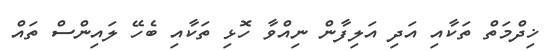
ޚިދްމަތް ތަކާއި އަދި އަލިފާން ނިއްވާ ހޮޅި ތަކާއި ބެހޭ ލައިންސް ތައް